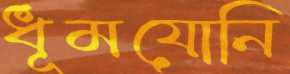
ধূমযোনি